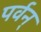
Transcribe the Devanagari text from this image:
पर्वन्